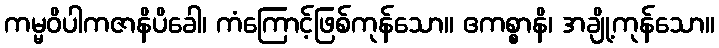
ကမ္မဝိပါကဇာနိပိခေါ၊ ကံကြောင့်ဖြစ်ကုန်သော။ ဧကစ္စာနိ၊ အချို့ကုန်သော။